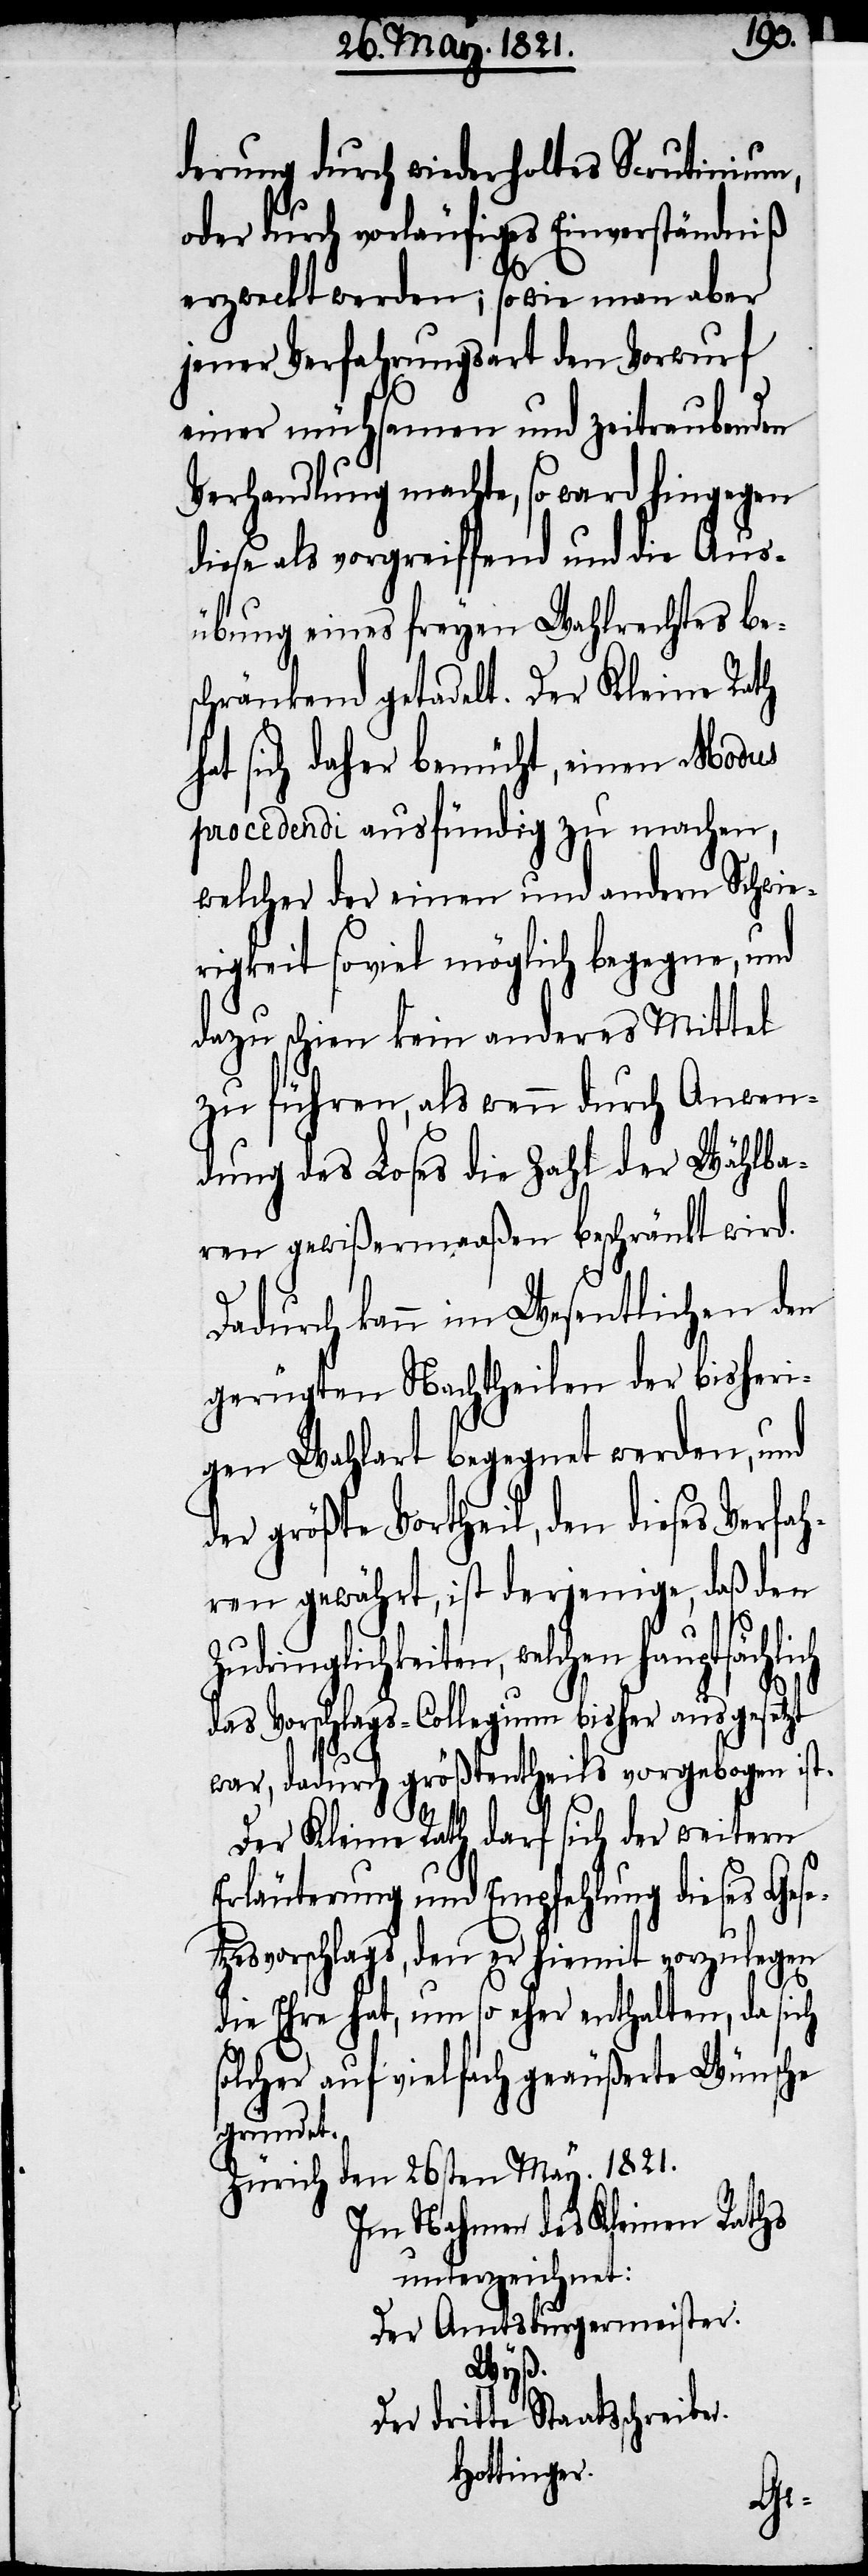
derung durch wiederholtes Scrutinium,
oder durch vorläufiges Einverständniß
erzweckt werden; sowie man aber
jener Verfahrensart den Vorwurf
einer mühsamen und zeitraubenden
Verhandlung machte, so ward hingegen
diese als vorgreiffend und die Aus¬
übung eines freyen Wahlrechtes be¬
schränkend getadelt. Der Kleine Rath
hat sich daher bemüht, einen Modus
procedendi ausfündig zu machen,
welcher der einen und andren Schwie¬
dazu schien kein anderes Mittel
zu führen, als wenn durch Anwen¬
dung des Loses die Zahl der Wählba¬
ren gewißermaaßen beschränkt wird.
Dadurch kann im Wesentlichen den
gerügten Nachtheilen der bisheri¬
gen Wahlart begegnet werden, und
der größte Vortheil den dieses Verfah¬
ren gewährt, ist derjenige, daß den
dringlichkeiten, welchen hauptsächli¬
das Vorschlags-Collegium bisher ausgesetzt
war, dadurch größtentheils vorgebogen ist.
Der Kleine Rath darf sich der weitern
Erläuterung und Empfehlung dieses Gese¬
tzesvorschlags, den er hiermit vorzulegen
ch
die Ehre hat, um so eher enthalten, da sich
solcher auf vielfach geäußerte Wünsche
gründet.
Zürich den 26sten May. 1821.
Im Nahmen des Kleinen Rathes
unterzeichnet:
Der Amtsburgermeister.
Wyß.
Der dritte Staatsschreiber.
Hottinger.
Zu¬